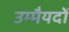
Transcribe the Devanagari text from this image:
उम्मैयदों